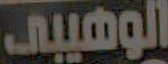
الوهيبي